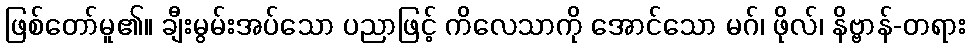
ဖြစ်တော်မူ၏။ ချီးမွမ်းအပ်သော ပညာဖြင့် ကိလေသာကို အောင်သော မဂ်၊ ဖိုလ်၊ နိဗ္ဗာန်-တရား